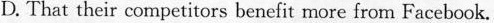
D. That their competitors benefit more from Facebook.